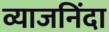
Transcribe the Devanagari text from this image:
व्याजनिंदा